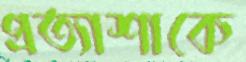
প্রত্যাশাকে